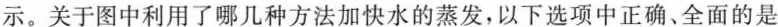
示。关于图中利用了哪几种方法加快水的蒸发，以下选项中正确、全面的是